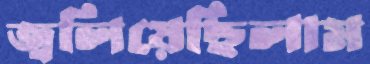
জ্বলিয়েছিলাম